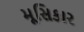
મૂસિકાર